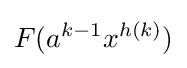
F(a^{k-1}x^{h(k)})